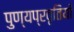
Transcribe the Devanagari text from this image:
पुण्यप्रवृतियाँ